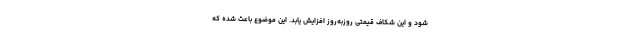
شود و این شکاف قیمتی روزبه‌روز افزایش یابد. این موضوع باعث شده که